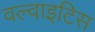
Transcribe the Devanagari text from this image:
वल्वाइटिस